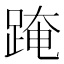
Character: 𨂁